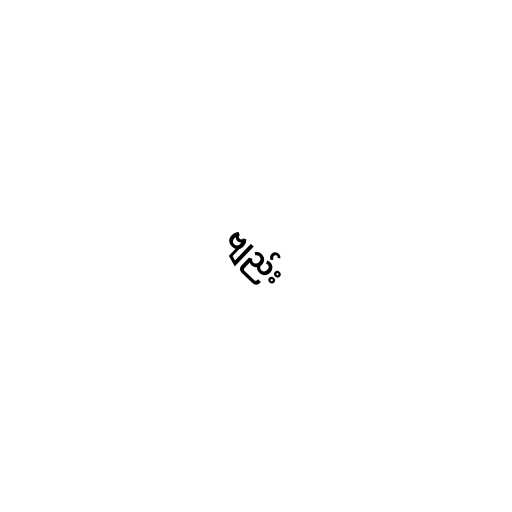
ဗျည်း